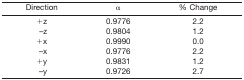
<table><thead><tr><td><b>Direction</b></td><td><b>α</b></td><td><b>% Change</b></td></tr></thead><tbody><tr><td>+z</td><td>0.9776</td><td>2.2</td></tr><tr><td>−z</td><td>0.9804</td><td>1.2</td></tr><tr><td>+x</td><td>0.9990</td><td>0.0</td></tr><tr><td>−x</td><td>0.9776</td><td>2.2</td></tr><tr><td>+y</td><td>0.9831</td><td>1.2</td></tr><tr><td>−y</td><td>0.9726</td><td>2.7</td></tr></tbody></table>